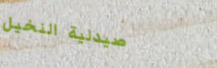
صيدلية النخيل